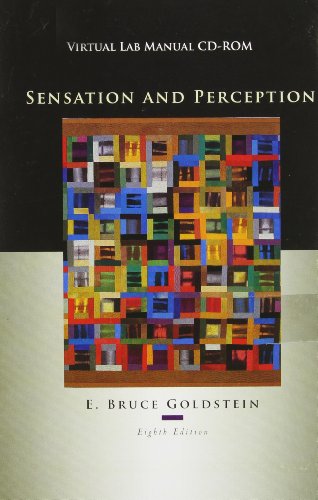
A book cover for Virtual Lab Manual CD-ROM for Goldstein's Sensation and Perception, 8th; E. Bruce Goldstein; Health, Fitness & Dieting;